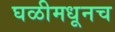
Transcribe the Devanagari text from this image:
घळीमधूनच